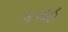
કપાહ